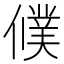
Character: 𬿵